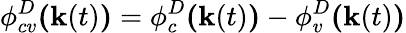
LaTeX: \phi_{cv}^{D}\textbf{(}\textbf{k}(t)\textbf{)}=\phi_{c}^{D}\textbf{(}\textbf{k}(t)\textbf{)}-\phi_{v}^{D}\textbf{(}\textbf{k}(t)\textbf{)}